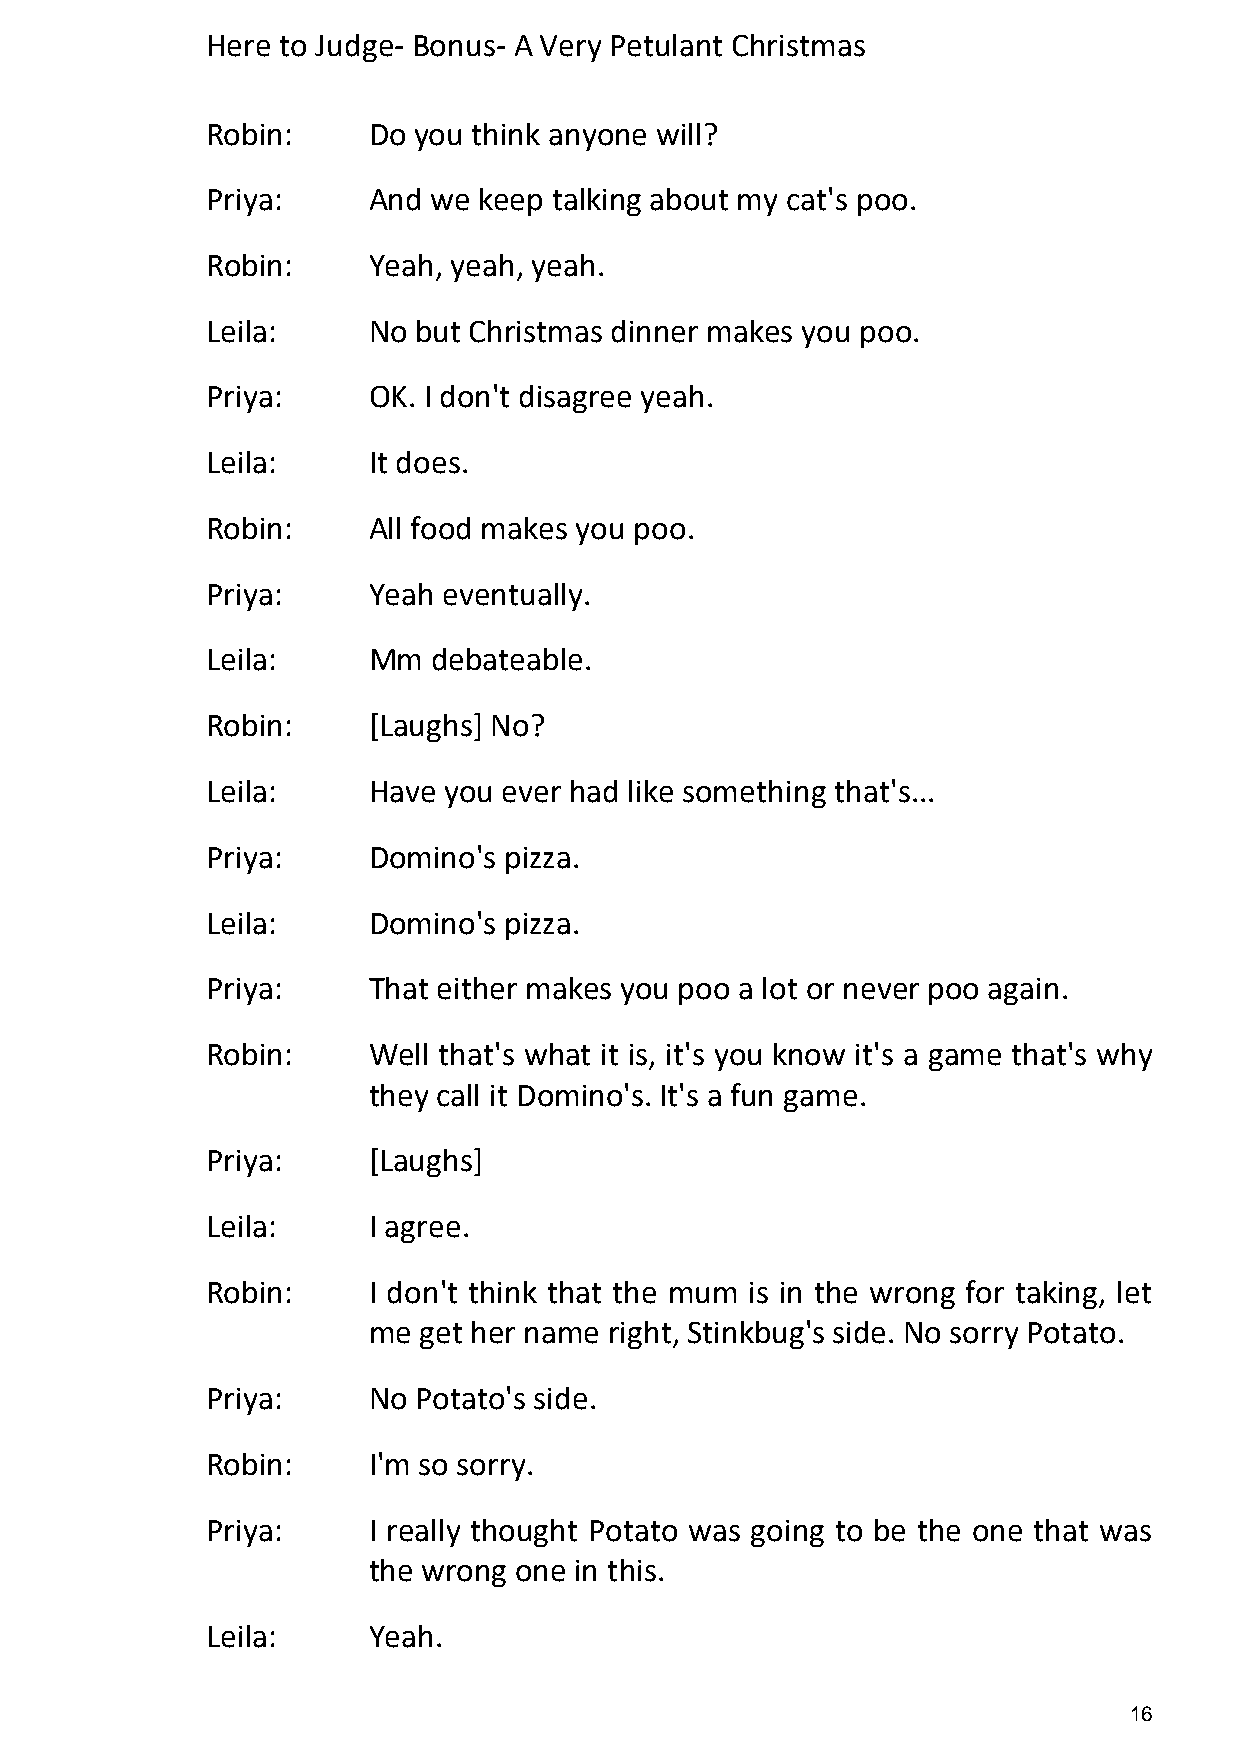
Here to Judge- Bonus- A Very Petulant Christmas
 Robin:    Do you think anyone will?
 Priya:    And  we keep talking about my cat's poo.
 Robin:    Yeah, yeah, yeah.
 Leila:    No  but Christmas dinner makes you poo.
 Priya:    OK. I don't disagree yeah.
 Leila:    It does.
 Robin:    All food makes you poo.
 Priya:    Yeah eventually.
 Leila:    Mm   debateable.
 Robin:    [Laughs] No?
 Leila:    Have you ever had like something that's...
 Priya:    Domino's pizza.
 Leila:    Domino's pizza.
 Priya:    That either makes you poo a lot or never poo again.
 Robin:    Well that's what it is, it's you know it's a game that's why
 they call it Domino's. It's a fun game.
 Priya:    [Laughs]
 Leila:    I agree.
 Robin:    I don't think that the mum is in the wrong for taking, let
 me  get her name right, Stinkbug's side. No sorry Potato.
 Priya:    No  Potato's side.
 Robin:    I'm so sorry.
 Priya:    I really thought Potato was going to be the one that was
 the wrong one in this.
 Leila:    Yeah.
 16